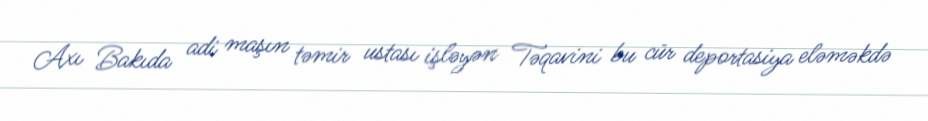
Axı Bakıda adi maşın təmir ustası işləyən Təqavini bu cür deportasiya eləməkdə